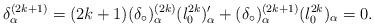
LaTeX: \begin{align*}\delta^{(2k+1)}_{\alpha} = (2k+1) (\delta_\circ)^{(2k)}_{\alpha} (l_0^{2k})'_\alpha + (\delta_\circ)^{(2k+1)}_{\alpha} (l_0^{2k})_\alpha = 0.\end{align*}